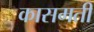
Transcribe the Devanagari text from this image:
कासमती